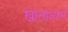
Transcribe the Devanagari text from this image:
खालाश्याने